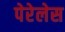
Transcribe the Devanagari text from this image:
पेरेलेस